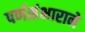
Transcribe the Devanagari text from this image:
पर्णसंभाराने